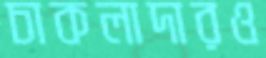
চাকলাদারও